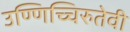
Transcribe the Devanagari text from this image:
उण्णिच्चिरुतेवी